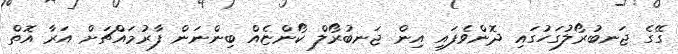
ގޭގެ ޖަނބުރޯލުގަހުގައި ދޮންވެފައި އިން ޖަނބުރޯލް ކޯންޏެއް ބިންނަން ފާރުމައްޗަށް އަރާ އޮތް